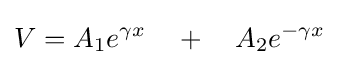
V=A_{1}e^{\gamma x}\quad +\quad A_{2}e^{-\gamma x}